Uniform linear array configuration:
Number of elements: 24
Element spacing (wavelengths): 1
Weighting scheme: kaiser
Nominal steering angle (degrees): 30
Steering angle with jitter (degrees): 30.58
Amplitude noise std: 0.05
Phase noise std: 0.05

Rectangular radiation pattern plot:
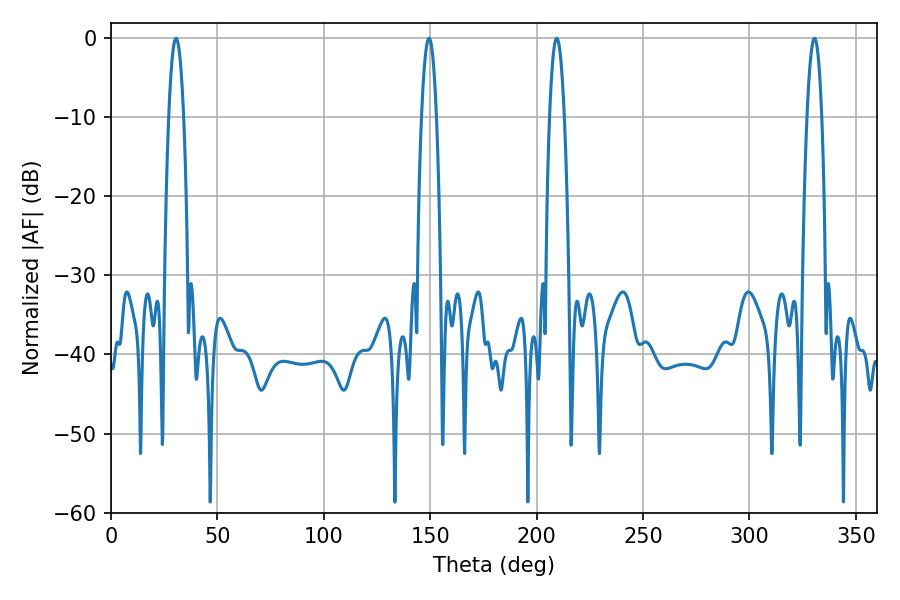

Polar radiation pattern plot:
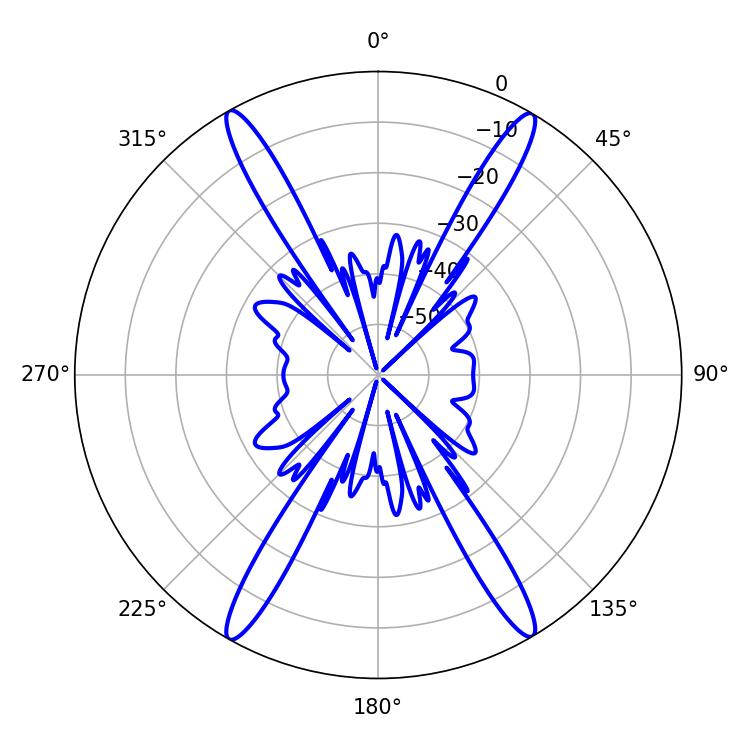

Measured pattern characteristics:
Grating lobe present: TRUE
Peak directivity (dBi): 28.148
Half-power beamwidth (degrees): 3.96
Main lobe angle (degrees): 30.6